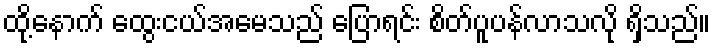
ထို့နောက် ထွေးငယ်အမေသည် ပြောရင်း စိတ်ပူပန်လာသလို ရှိသည်။